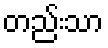
တည်းသာ